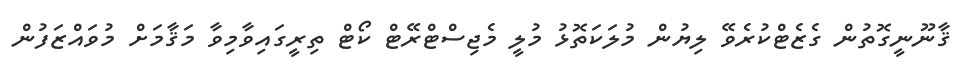
ޤާނޫނީގޮތުން ގެޒެޓްކުރެވޭ ލިޔުން މުލަކަތޮޅު މުލީ މެޖިސްޓްރޭޓް ކޯޓް ތިރީގައިވާމިވާ މަޤާމަށް މުވައްޒަފުން